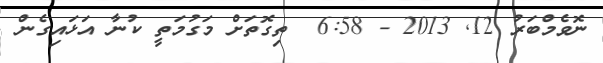
ނޮވެމްބަރު 12